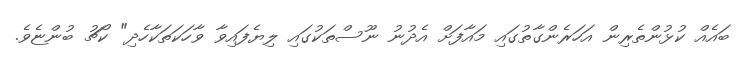
ބައެއް ކުޅުންތެރިން އަހަރެންގާތުގައި މައާފަށް އެދުނު ނޫސްތަކުގައި ލިޔެފައިވާ ވާހަކަތަކާހެދި" ކޯޗު ބުންޏެވެ.